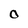
Character: O